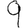
Digit: 9